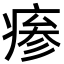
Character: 瘆